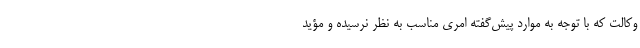
وکالت که با توجه به موارد پیش‌گفته امری مناسب به نظر نرسیده و مؤید